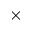
\times